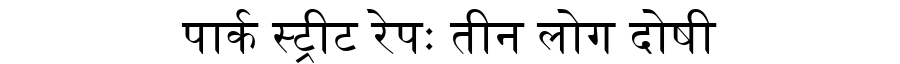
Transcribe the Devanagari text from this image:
पार्क स्ट्रीट रेपः तीन लोग दोषी